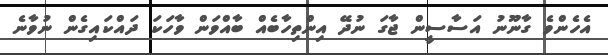
އެހެންވެ ގާނޫނު އަސާސީން ޖާގަ ނުދޭ އިންތިހާބެއް ބާއްވަން ވާހަކަ ދައްކައިގެން ނުވާނެ